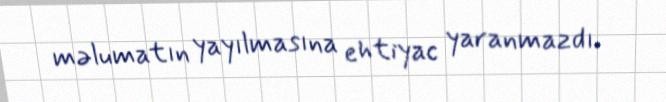
məlumatın yayılmasına ehtiyac yaranmazdı.